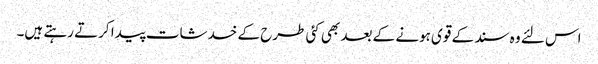
اس لئے وہ سند کے قوی ہونے کے بعد بھی کئی طرح کے خدشات پیدا کرتے رہتے ہیں۔